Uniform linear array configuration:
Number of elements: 32
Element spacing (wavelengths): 0.25
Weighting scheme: exponential
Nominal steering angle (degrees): -45
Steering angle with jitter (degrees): -44.107
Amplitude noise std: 0.05
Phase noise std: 0.05

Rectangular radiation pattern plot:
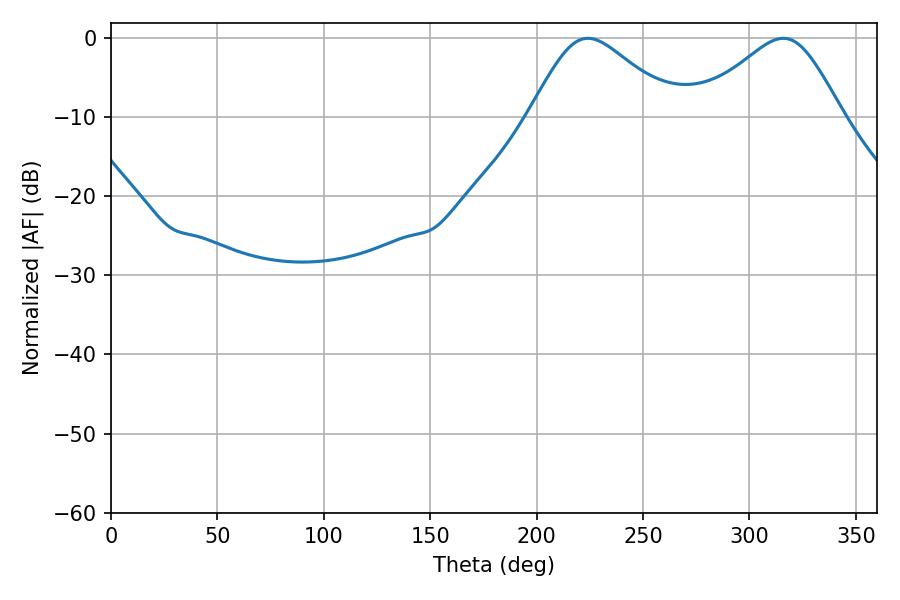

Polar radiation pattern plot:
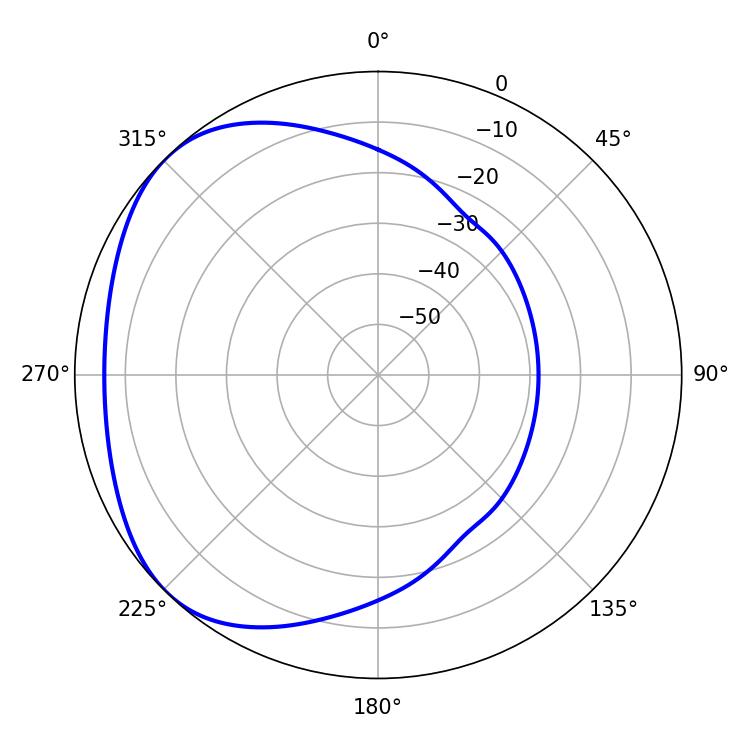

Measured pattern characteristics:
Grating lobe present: FALSE
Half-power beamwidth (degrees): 34.02
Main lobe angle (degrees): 224.1